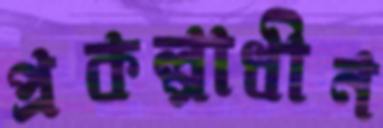
প্রকল্পাধীন